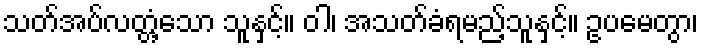
သတ်အပ်လတ္တံ့သော သူနှင့်။ ဝါ၊ အသတ်ခံရမည့်သူနှင့်။ ဥပမေတွာ၊